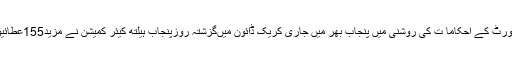
19 اپریل2018ء) سپریم کورٹ کے احکاما ت کی روشنی میں پنجاب بھر میں جاری کریک ڈائون میںگزشتہ روزپنجاب ہیلتھ کیئر کمیشن نے مزید155عطائیوں کے اڈے سیل کر دیئے ۔